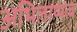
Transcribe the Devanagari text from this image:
अभिलाष्यत्व